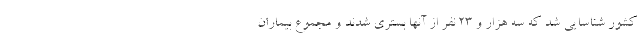
کشور شناسایی شد که سه هزار و ۲۳ نفر از آنها بستری شدند و مجموع بیماران